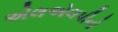
એલએલપીનો